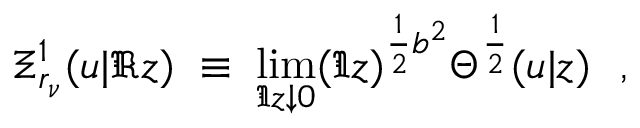
\Xi _ { r _ { \nu } } ^ { 1 } ( u | \Re z ) \; \equiv \; \operatorname * { l i m } _ { \Im z \downarrow 0 } ( \Im z ) ^ { \frac { 1 } { 2 } b ^ { 2 } } \Theta ^ { \frac { 1 } { 2 } } ( u | z ) \ \ ,